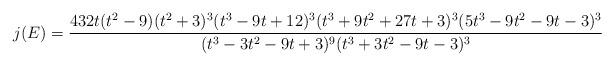
LaTeX: \begin{align*}j(E) = \frac{432t(t^2-9)(t^2+3)^3(t^3-9t+12)^3(t^3+9t^2+27t+3)^3(5t^3-9t^2-9t-3)^3}{(t^3-3t^2-9t+3)^9(t^3+3t^2-9t-3)^3}\end{align*}